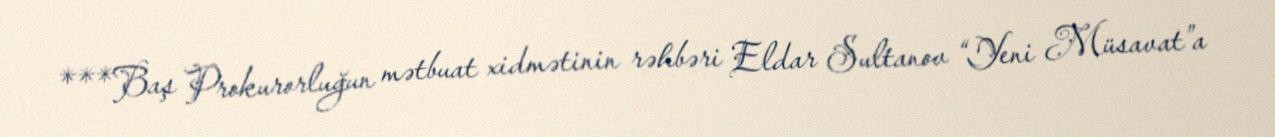
***Baş Prokurorluğun mətbuat xidmətinin rəhbəri Eldar Sultanov “Yeni Müsavat”a